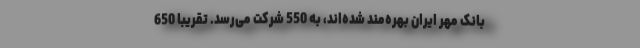
بانک مهر ایران بهره‌مند شده‌اند، به 550 شرکت می‌رسد. تقریباً 650